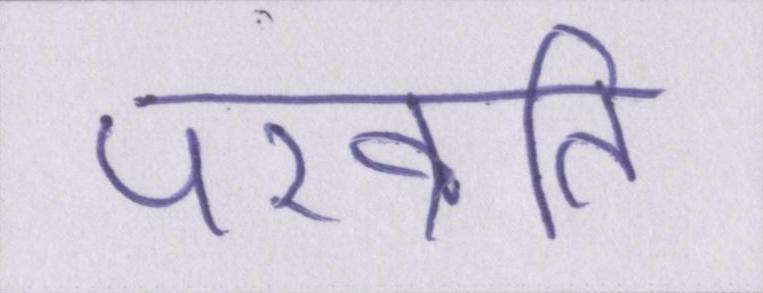
परव्रति